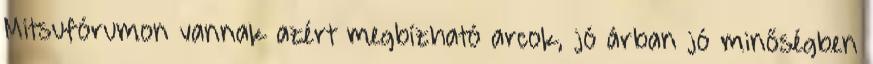
Mitsufórumon vannak azért megbízható arcok, jó árban jó minőségben